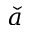
\check { a }